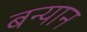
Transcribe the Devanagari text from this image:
बन्यान